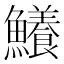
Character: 鱶